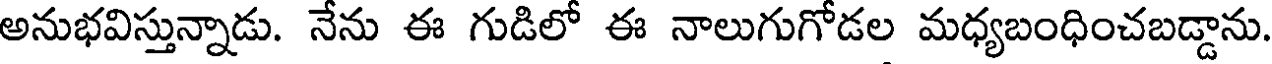
అనుభవిస్తున్నాడు. నేను ఈ గుడిలో ఈ నాలుగుగోడల మధ్యబంధించబడ్డాను.